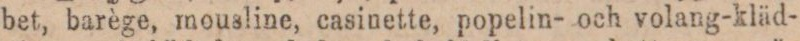
bet, barège, mousline, casinette, popelin- och volang-kläd-